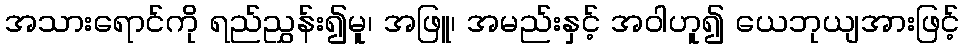
အသားရောင်ကို ရည်ညွှန်း၍မူ၊ အဖြူ၊ အမည်းနှင့် အဝါဟူ၍ ယေဘုယျအားဖြင့်